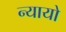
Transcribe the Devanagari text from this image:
न्यायो